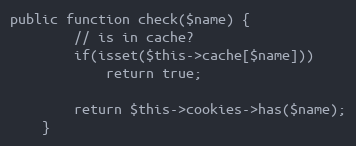
Language: PHP
public function check($name) {
        // is in cache?
        if(isset($this->cache[$name]))
            return true;

        return $this->cookies->has($name);
    }